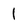
Character: 1